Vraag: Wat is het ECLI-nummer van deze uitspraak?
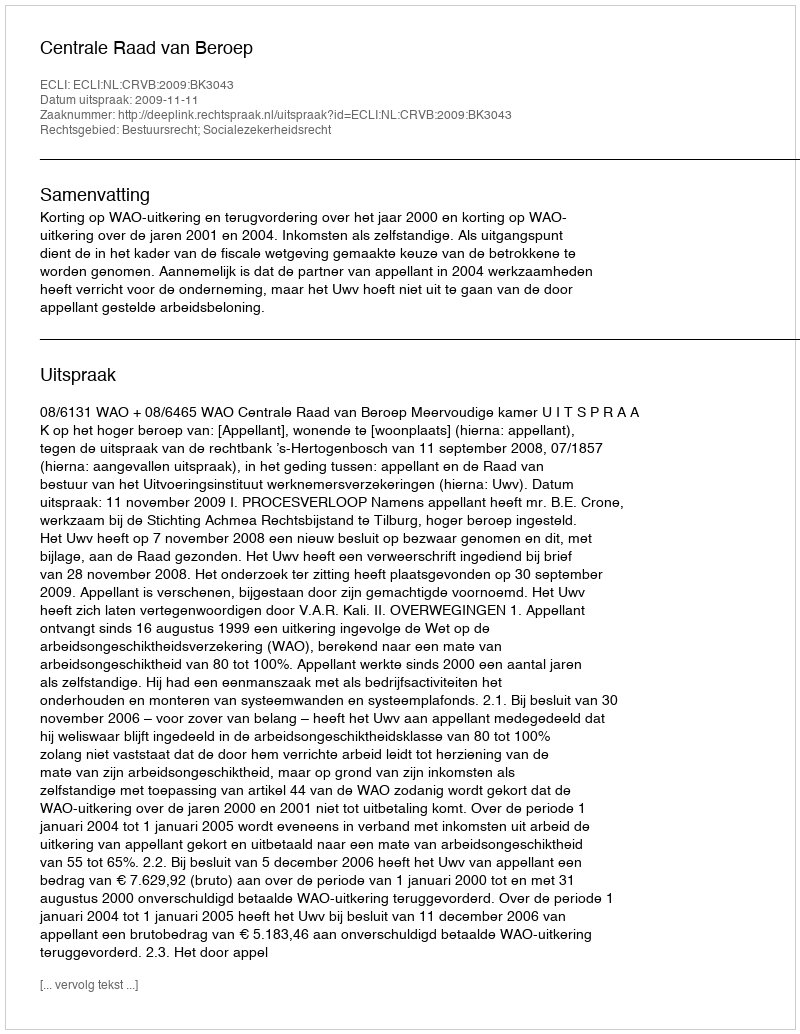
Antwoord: ECLI:NL:CRVB:2009:BK3043